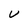
Character: U